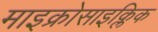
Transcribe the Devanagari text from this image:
माइक्रोसाइक्लिक